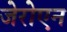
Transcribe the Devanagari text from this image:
जेरोएन